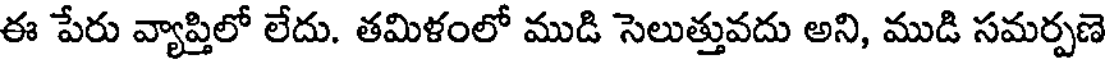
ఈ పేరు వ్యాప్తిలో లేదు. తమిళంలో ముడి సెలుత్తువదు అని, ముడి సమర్పణె